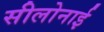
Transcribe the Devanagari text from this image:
सीलोनाई